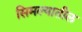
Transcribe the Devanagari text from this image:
सिमल्यातील